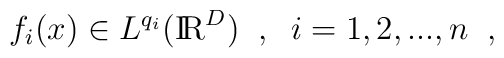
f_i(x) \in L^{q_i}(\mbox{I\hspace{-0.62mm}R}^D)\; \; , \; \; i = 1,2,...,n \; \; ,